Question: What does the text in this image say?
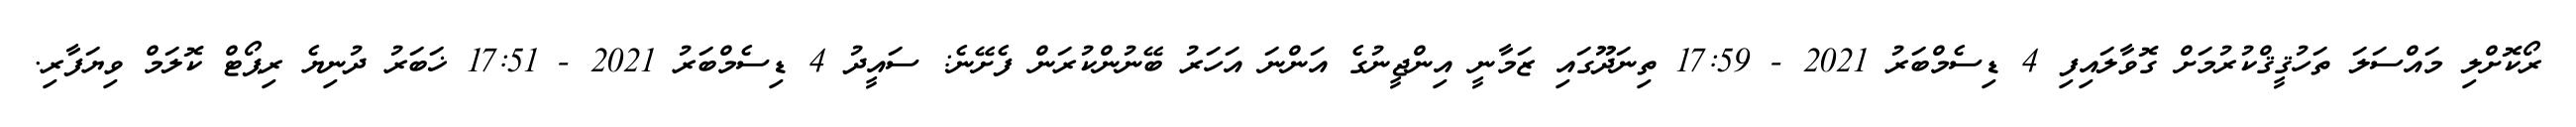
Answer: ރޯކޮށްލި މައްސަލަ ތަހުޤީޤްކުރުމަށް ގޮވާލައިފި 4 ޑިސެމްބަރު 2021 - 17:59 ތިނަދޫގައި ޒަމާނީ އިންޖީނުގެ އަންނަ އަހަރު ބޭނުންކުރަން ފެށޭނެ: ސައީދު 4 ޑިސެމްބަރު 2021 - 17:51 ޚަބަރު ދުނިޔެ ރިޕޯޓް ކޮލަމް ވިޔަފާރި.